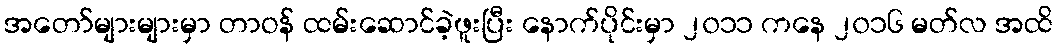
အတော်များများမှာ တာဝန် ထမ်းဆောင်ခဲ့ဖူးပြီး နောက်ပိုင်းမှာ ၂၀၁၁ ကနေ ၂၀၁၆ မတ်လ အထိ